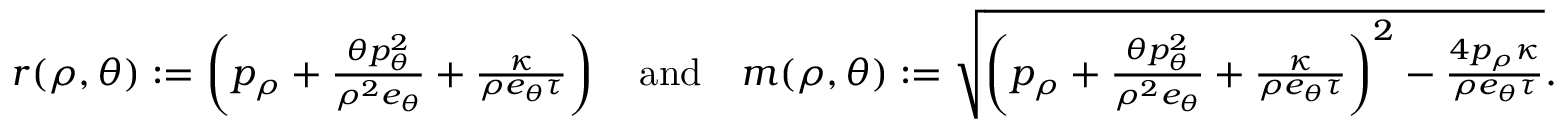
\begin{array} { r } { r ( \rho , \theta ) : = \left( p _ { \rho } + \frac { \theta p _ { \theta } ^ { 2 } } { \rho ^ { 2 } e _ { \theta } } + \frac { \kappa } { \rho e _ { \theta } \tau } \right) \quad \mathrm { a n d } \quad m ( \rho , \theta ) : = \sqrt { \left( p _ { \rho } + \frac { \theta p _ { \theta } ^ { 2 } } { \rho ^ { 2 } e _ { \theta } } + \frac { \kappa } { \rho e _ { \theta } \tau } \right) ^ { 2 } - \frac { 4 p _ { \rho } \kappa } { \rho e _ { \theta } \tau } } . } \end{array}